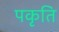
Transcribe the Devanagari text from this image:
पकृति